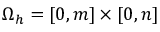
\Omega _ { h } = [ 0 , m ] \times [ 0 , n ]